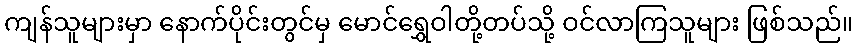
ကျန်သူများမှာ နောက်ပိုင်းတွင်မှ မောင်ရွှေဝါတို့တပ်သို့ ဝင်လာကြသူများ ဖြစ်သည်။